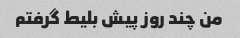
من چند روز پیش بلیط گرفتم